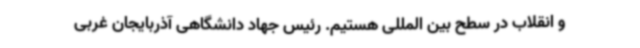
و انقلاب در سطح بین المللی هستیم. رئیس جهاد دانشگاهی آذربایجان غربی